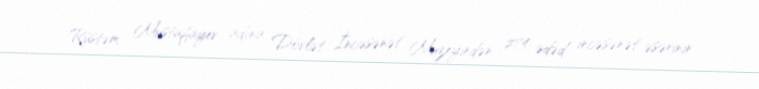
Rüstəm Mustafayev adına Dövlət İncəsənət Muzeyindən 274 ədəd incəsənət əsərinin